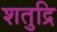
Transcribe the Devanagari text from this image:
शतुद्रि